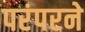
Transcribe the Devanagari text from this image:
परंपरने